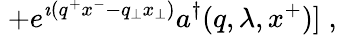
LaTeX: \; +e^{\imath(q^{+}x^{-}-q_{\perp}x_{\perp})}a^{\dagger}(q,\lambda,x^{+})]\; ,